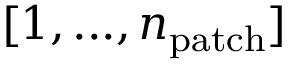
[ 1 , . . . , n _ { \mathrm { { p a t c h } } } ]